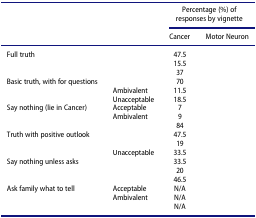
<table><thead><tr><td>[EMPTY_CELL]</td><td>[EMPTY_CELL]</td><td colspan="2"><b>Percentage (%) of responses by vignette</b></td></tr><tr><td>[EMPTY_CELL]</td><td>[EMPTY_CELL]</td><td><b>Cancer</b></td><td><b>Motor Neuron</b></td></tr></thead><tbody><tr><td>Full truth</td><td>[EMPTY_CELL]</td><td>47.5</td><td>[EMPTY_CELL]</td></tr><tr><td>[EMPTY_CELL]</td><td>[EMPTY_CELL]</td><td>15.5</td><td>[EMPTY_CELL]</td></tr><tr><td>[EMPTY_CELL]</td><td>[EMPTY_CELL]</td><td>37</td><td>[EMPTY_CELL]</td></tr><tr><td>Basic truth, with for questions</td><td>[EMPTY_CELL]</td><td>70</td><td>[EMPTY_CELL]</td></tr><tr><td>[EMPTY_CELL]</td><td>Ambivalent</td><td>11.5</td><td>[EMPTY_CELL]</td></tr><tr><td>[EMPTY_CELL]</td><td>Unacceptable</td><td>18.5</td><td>[EMPTY_CELL]</td></tr><tr><td>Say nothing (lie in Cancer)</td><td>Acceptable</td><td>7</td><td>[EMPTY_CELL]</td></tr><tr><td>[EMPTY_CELL]</td><td>Ambivalent</td><td>9</td><td>[EMPTY_CELL]</td></tr><tr><td>[EMPTY_CELL]</td><td>[EMPTY_CELL]</td><td>84</td><td>[EMPTY_CELL]</td></tr><tr><td>Truth with positive outlook</td><td>[EMPTY_CELL]</td><td>47.5</td><td>[EMPTY_CELL]</td></tr><tr><td>[EMPTY_CELL]</td><td>[EMPTY_CELL]</td><td>19</td><td>[EMPTY_CELL]</td></tr><tr><td>[EMPTY_CELL]</td><td>Unacceptable</td><td>33.5</td><td>[EMPTY_CELL]</td></tr><tr><td>Say nothing unless asks</td><td>[EMPTY_CELL]</td><td>33.5</td><td>[EMPTY_CELL]</td></tr><tr><td>[EMPTY_CELL]</td><td>[EMPTY_CELL]</td><td>20</td><td>[EMPTY_CELL]</td></tr><tr><td>[EMPTY_CELL]</td><td>[EMPTY_CELL]</td><td>46.5</td><td>[EMPTY_CELL]</td></tr><tr><td>Ask family what to tell</td><td>Acceptable</td><td>N/A</td><td>[EMPTY_CELL]</td></tr><tr><td>[EMPTY_CELL]</td><td>Ambivalent</td><td>N/A</td><td>[EMPTY_CELL]</td></tr><tr><td>[EMPTY_CELL]</td><td>[EMPTY_CELL]</td><td>N/A</td><td>[EMPTY_CELL]</td></tr></tbody></table>